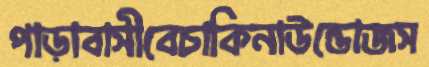
পাড়াবাসীবেচাকিনাউন্ডোজস